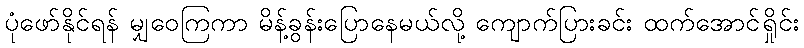
ပုံဖော်နိုင်ရန် မျှဝေကြကာ မိန့်ခွန်းပြောနေမယ်လို့ ကျောက်ပြားခင်း ထက်အောင်ရှိုင်း